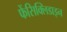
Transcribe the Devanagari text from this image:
फेंसिक्लिडाइन